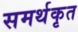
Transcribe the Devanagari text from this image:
समर्थकृत